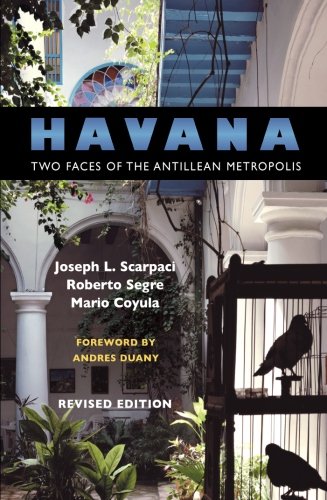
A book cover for Havana: Two Faces of the Antillean Metropolis; Joseph L. Scarpaci; Travel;